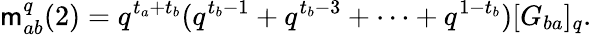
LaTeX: \mathsf{m}_{ab}^{q}(2)=q^{t_{a}+t_{b}}(q^{t_{b}-1}+q^{t_{b}-3}+\cdots+q^{1-t_{b}})[G_{ba}]_{q}.